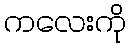
ကလေးကို